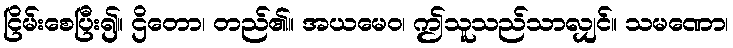
ငြိမ်းစေပြီး၍။ ဌိတော၊ တည်၏။ အယမေဝ၊ ဤသူသည်သာလျှင်။ သမဏော၊